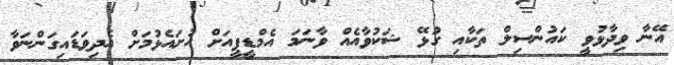
އޭނާ ވިދާޅުވީ ކައުންސިލް ތަކާއި ގުޅޭ ޝަކުވާއެއް ވާނަމަ އެމްޑީޕީއަށް ހުށައެޅުމަށް އެދިވަޑައިގަންނަވާ